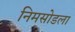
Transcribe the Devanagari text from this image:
निमसोडला